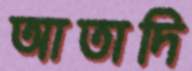
আতাদি